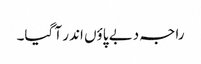
راجہ دبے پاؤں اندر آ گیا۔